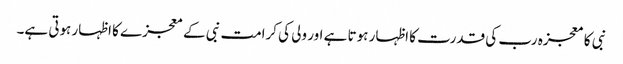
نبی کا معجزہ رب کی قدرت کا اظہار ہوتا ہے اور ولی کی کرامت نبی کے معجزے کا اظہار ہوتی ہے۔